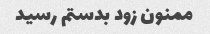
ممنون زود بدستم رسید